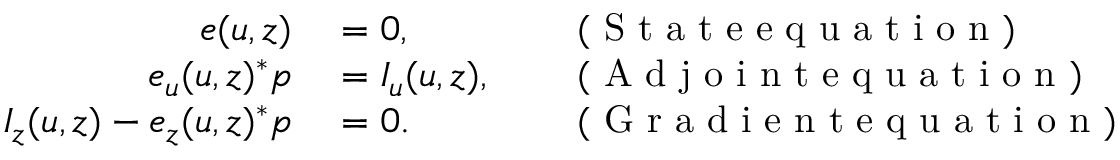
\begin{array} { r l r l } { e ( u , z ) } & { { } = 0 , } & { } & { { } \mathrm { ~ ( ~ S ~ t ~ a ~ t ~ e ~ e ~ q ~ u ~ a ~ t ~ i ~ o ~ n ~ ) ~ } } \\ { e _ { u } ( u , z ) ^ { * } p } & { { } = I _ { u } ( u , z ) , } & { } & { { } \mathrm { ~ ( ~ A ~ d ~ j ~ o ~ i ~ n ~ t ~ e ~ q ~ u ~ a ~ t ~ i ~ o ~ n ~ ) ~ } } \\ { I _ { z } ( u , z ) - e _ { z } ( u , z ) ^ { * } p } & { { } = 0 . } & { } & { { } \mathrm { ~ ( ~ G ~ r ~ a ~ d ~ i ~ e ~ n ~ t ~ e ~ q ~ u ~ a ~ t ~ i ~ o ~ n ~ ) ~ } } \end{array}